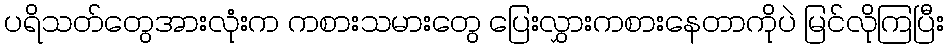
ပရိသတ်တွေအားလုံးက ကစားသမားတွေ ပြေးလွှားကစားနေတာကိုပဲ မြင်လိုကြပြီး